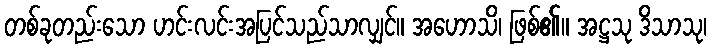
တစ်ခုတည်းသော ဟင်းလင်းအပြင်သည်သာလျှင်။ အဟောသိ၊ ဖြစ်၏။ အဋ္ဌသု ဒိသာသု၊